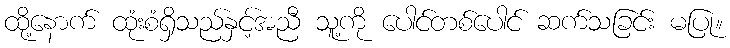
ထို့နောက် ထုံးစံရှိသည်နှင့်အညီ သူ့ကို ပေါင်တစ်ပေါင် ဆက်သခြင်း မပြု။